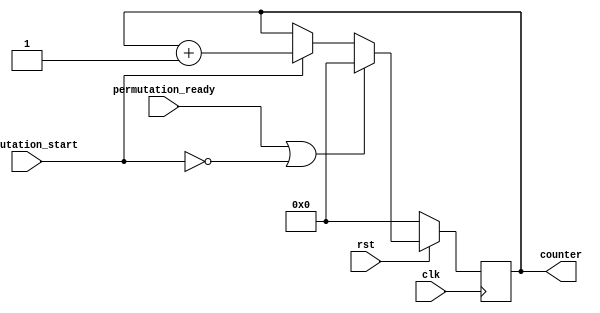
// This program was cloned from: https://github.com/phn210/fpga-ascon
// License: MIT License

module RoundCounter (
	// Inputs
    input        clk,
    input        rst,
    input        permutation_start,
    input        permutation_ready,

	// Outputs
    output [4:0] counter
);
    reg [4:0] ctr;
    always @(posedge clk) begin
        if(!rst)
            ctr <= 0;
        else begin
            if(permutation_ready || ~permutation_start)
                ctr <= 0;
            else if(permutation_start)
                ctr <= ctr + 1;
        end
    end
    assign counter = ctr;
endmodule